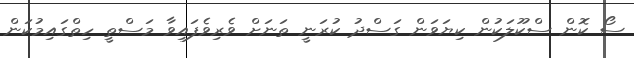
ސޯ ކޮން ސްކޫލަކުން ކިޔަވަން ގަސްދު ކުރަނީ ތަނަށް ވެރިވެފައިވާ މަސްތީ ހިތްގައިމުކަން